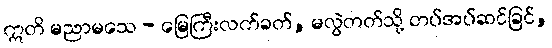
ဣတိ မညာမသေ - မြေကြီးလက်ခတ်, မလွဲတတ်သို့ တပ်အပ်ဆင်ခြင်,